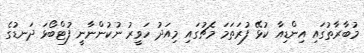
މުބާރާތުގައި އިންޑިއާ ކުޅޭ ފުރަތަމަ މެޗުގައި މިއަދު ހަވީރު ނުކުންނާނީ ފުޓްބޯޅަ ދަނޑުގެ